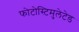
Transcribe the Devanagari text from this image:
फोटोस्टिमुलेटेड